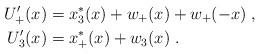
LaTeX: \begin{align*}U_+^{\prime}(x)&=x_3^*(x)+w_+(x)+w_+(-x)\;,\\U_3^{\prime}(x)&=x_+^*(x)+w_3(x)\;.\end{align*}